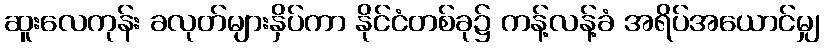
ဆူးလေကုန်း ခလုတ်များနှိပ်ကာ နိုင်ငံတစ်ခု၌ ကန့်လန့်ခံ အရိပ်အယောင်မျှ